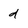
Character: d